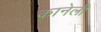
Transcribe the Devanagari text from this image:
कानेली